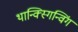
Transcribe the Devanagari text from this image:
थान्क्स्गिन्विंग